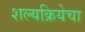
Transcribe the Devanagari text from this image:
शल्यक्रियेचा